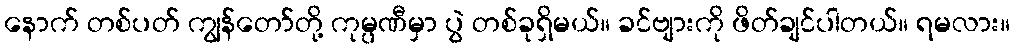
နောက် တစ်ပတ် ကျွန်တော်တို့ ကုမ္ပဏီမှာ ပွဲ တစ်ခုရှိမယ်။ ခင်ဗျားကို ဖိတ်ချင်ပါတယ်။ ရမလား။